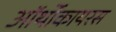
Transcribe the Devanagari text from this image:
ऑर्थोकायरस